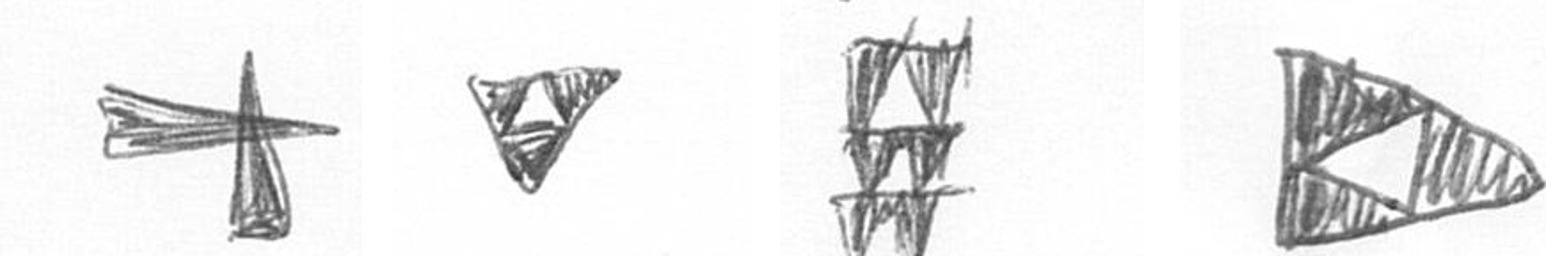
G S Y K